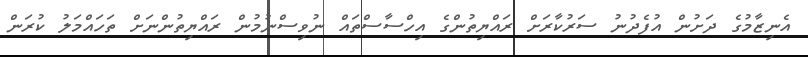
އެނިޒާމުގެ ދަށުން އުފެދުނު ސަރުކާރަށް ރައްޔިތުންގެ އިހްސާސްތައް ނުވިސްނުމުން ރައްޔިތުންނަށް ތަހައްމަލު ކުރަން